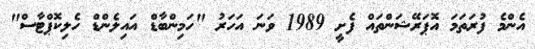
އެންމެ ފުރަތަމަ އޮޕަރޭޝަންތައް ފެށީ 1989 ވަނަ އަހަރު "ހަމިންބާޑް އައިލެންޑް ހެލިކޮޕްޓާސް"